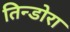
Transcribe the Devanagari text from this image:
तिन्डोरा